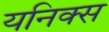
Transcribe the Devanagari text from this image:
यनिक्स